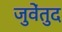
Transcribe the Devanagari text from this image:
जुवेंतुद